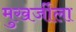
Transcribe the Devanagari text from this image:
मुखर्जीला